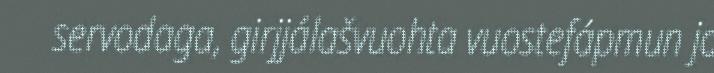
servodaga, girjjálašvuohta vuostefápmun ja